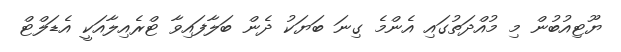
ޔޫޓިއުބުން މި މުއްދަތުގައި އެންމެ ގިނަ ބަޔަކު ދެން ބަލާފައިވާ ޓްރެއިލާއަކީ އެޑަލްޓް